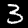
Digit: 3